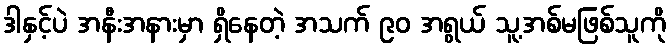
ဒါနှင့်ပဲ အနီးအနားမှာ ရှိနေတဲ့ အသက် ၉၀ အရွယ် သူ့အစ်မဖြစ်သူကို